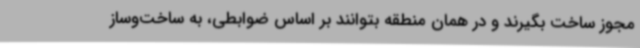
مجوز ساخت بگیرند و در همان منطقه بتوانند بر اساس ضوابطی، به ساخت‌وساز